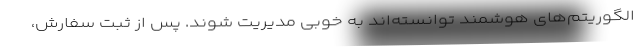
الگوریتم‌های هوشمند توانسته‌اند به خوبی مدیریت شوند. پس از ثبت سفارش،